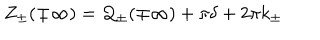
LaTeX: Z _ { \pm } ( \mp \infty ) = { \cal Q } _ { \pm } ( \mp \infty ) + \pi \delta + 2 \pi k _ { \pm }